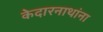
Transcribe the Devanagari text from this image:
केदारनाथांना